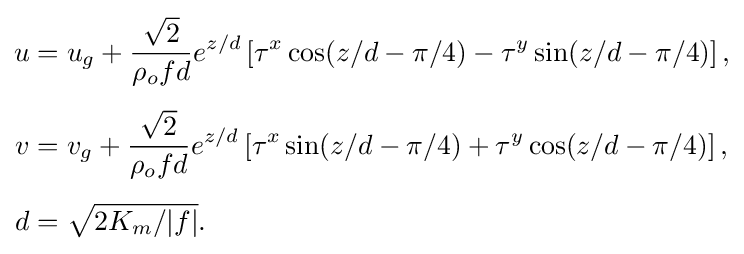
{\begin{aligned}u&=u_{g}+{\frac {\sqrt {2}}{\rho _{o}fd}}e^{z/d}\left[\tau ^{x}\cos(z/d-\pi /4)-\tau ^{y}\sin(z/d-\pi /4)\right],\\[5pt]v&=v_{g}+{\frac {\sqrt {2}}{\rho _{o}fd}}e^{z/d}\left[\tau ^{x}\sin(z/d-\pi /4)+\tau ^{y}\cos(z/d-\pi /4)\right],\\[5pt]d&={\sqrt {2K_{m}/|f|}}.\end{aligned}}